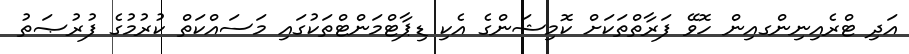
އަދި ޓްރެއިނިންގއިން ހޮވޭ ފަރާތްތަކަށް ކޮމިޝަންގެ އެކި ޑިޕާޓްމަންޓްތަކުގައި މަސައްކަތް ކުރުމުގެ ފުރުޞަތު